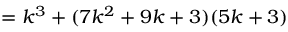
= k ^ { 3 } + ( 7 k ^ { 2 } + 9 k + 3 ) ( 5 k + 3 )